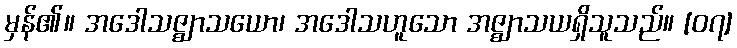
မှန်၏။ အဒေါသဇ္ဈာသယော၊ အဒေါသဟူသော အဇ္ဈာသယရှိသူသည်။ [၀၇]